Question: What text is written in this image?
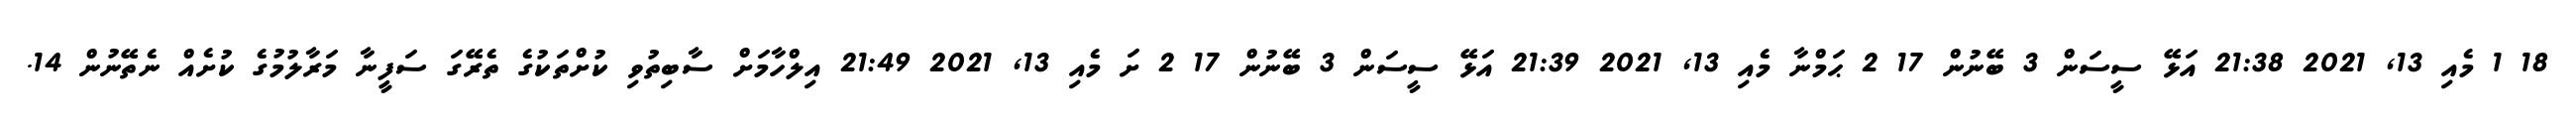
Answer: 18 1 މެއި 13, 2021 21:38 އަޅޭ ސީސަން 3 ބޭނުން 17 2 ޙަމްނާ މެއި 13, 2021 21:39 އަޅޭ ސީސަން 3 ބޭނުން 17 2 ށަ މެއި 13, 2021 21:49 އިލްހާމަށް ސާބިތުވި ކުށްތަކުގެ ތެރޭގަ ސަފީނާ މަރާލުމުގެ ކުށެއް ނެތޭނުން 14.